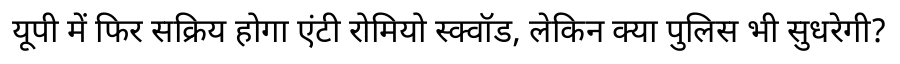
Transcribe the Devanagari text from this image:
यूपी में फिर सक्रिय होगा एंटी रोमियो स्क्वॉड, लेकिन क्या पुलिस भी सुधरेगी?